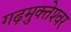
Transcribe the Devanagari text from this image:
गढ़मुक्‍तेश्‍वर